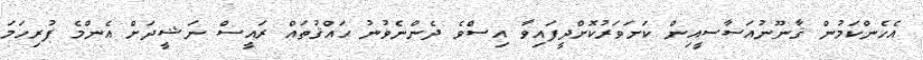
އެހެންކަމުން ޤާނޫނުއަސާސީއިން ކަށަވަރުކޮށްދީފައިވާ އިސްވެ ދެންނެވުނު ޙައްޤުތައް ރައީސް ނަޝީދަށް އެންމެ ފުރިހަމަ